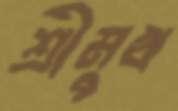
শ্রীমুখ